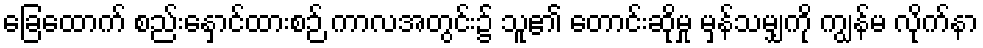
ခြေထောက် စည်းနှောင်ထားစဉ် ကာလအတွင်း၌ သူ၏ တောင်းဆိုမှု မှန်သမျှကို ကျွန်မ လိုက်နာ